65_HS1-834228961_62-HQ-83894_Section_6
Agency: FBI
Page 247
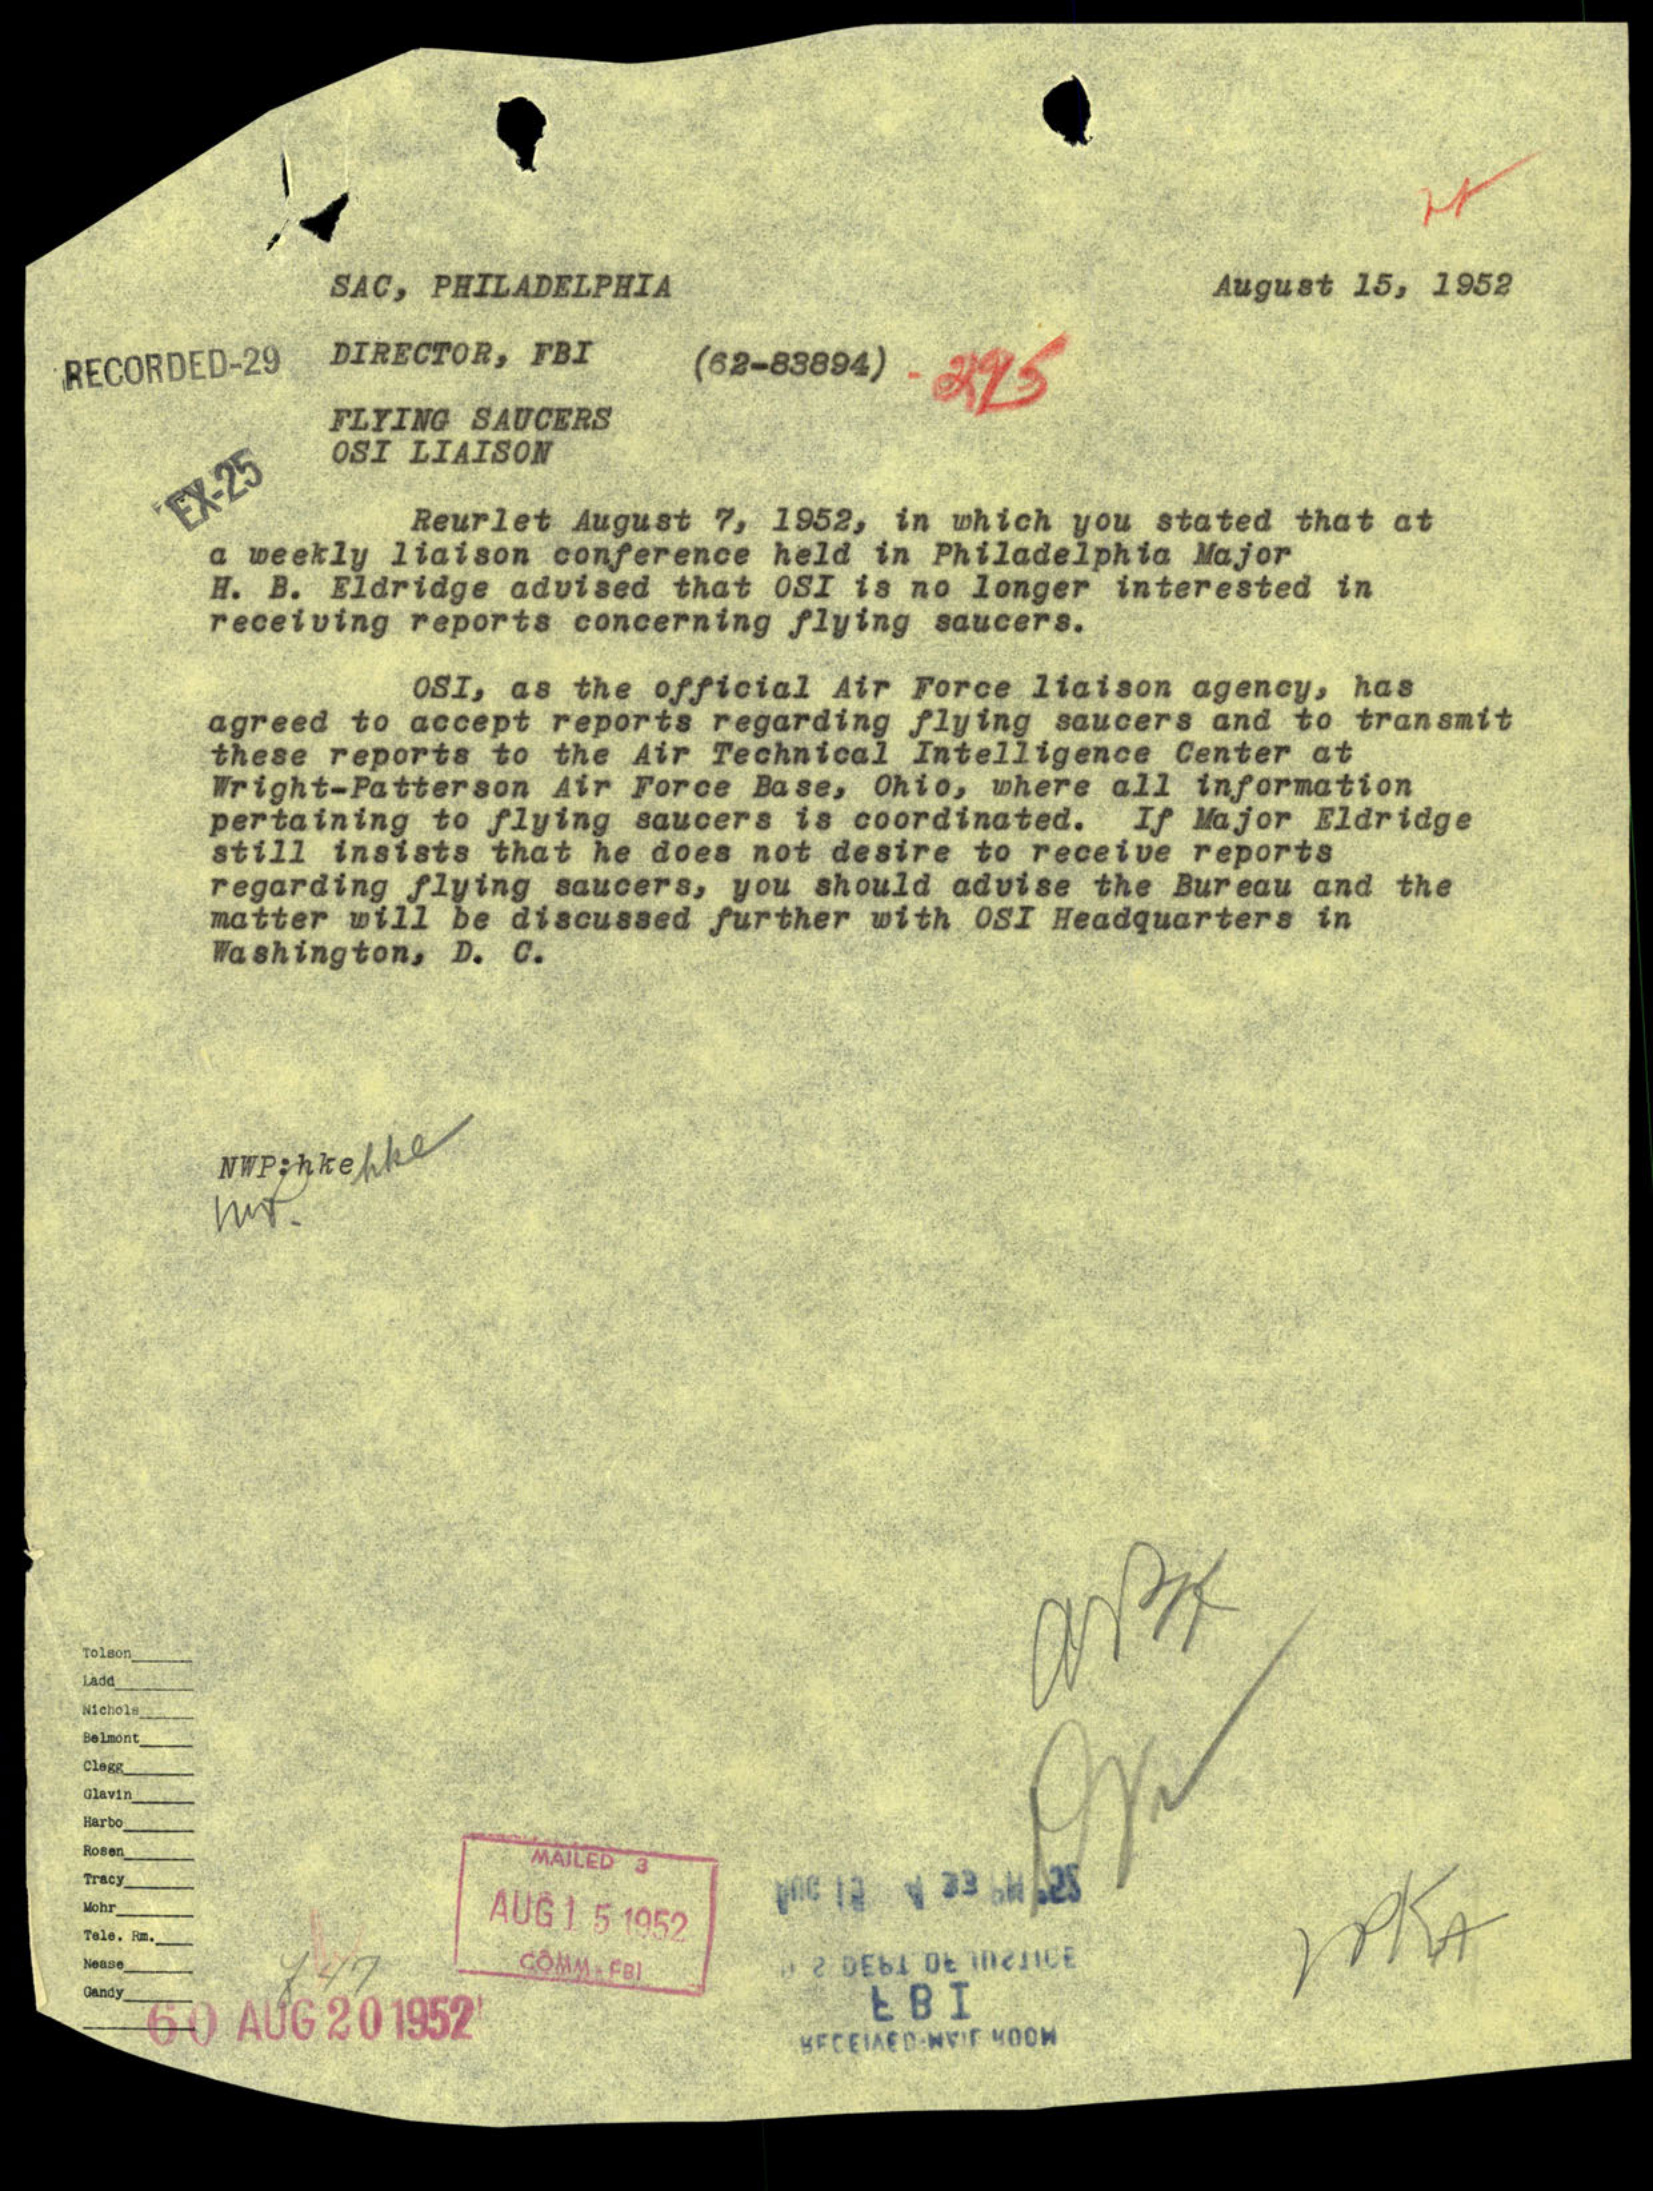